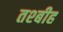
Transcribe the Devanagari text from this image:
तश्बीह